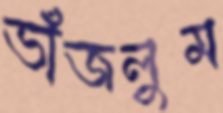
ভাঁজলুম